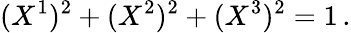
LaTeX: (X^{1})^{2}+(X^{2})^{2}+(X^{3})^{2}=1\, .